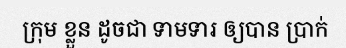
ក្រុម ខ្លួន ដូចជា ទាមទារ ឲ្យបាន ប្រាក់